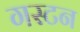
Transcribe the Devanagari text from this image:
गस्टन